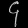
Digit: ၄